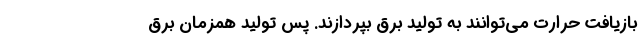
بازیافت حرارت می‌توانند به تولید برق بپردازند. پس تولید همزمان برق